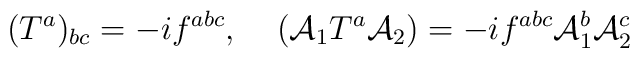
({T^a})_{bc} = - if^{abc}, \;\;\;\; ({\cal A}_1 T^a{\cal A}_2) = - if^{abc}{\cal A}^b_1 {\cal A}^c_2